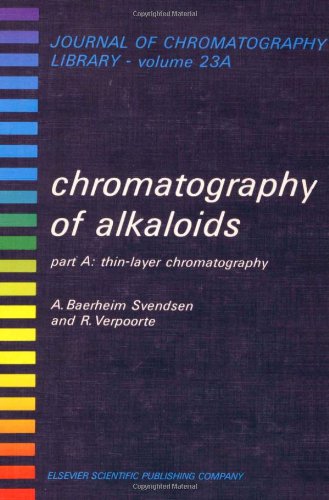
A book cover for CHROMATOGRAPHY OF ALKALOIDS, PART A, Volume 23A: THIN-LAYER CHROMATOGRAPHY (Journal of Chromatography Library); Science & Math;